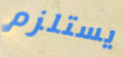
يستلزم